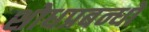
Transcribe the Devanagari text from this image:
शोधप्रबन्धों